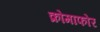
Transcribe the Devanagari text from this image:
क्रोमाफोर